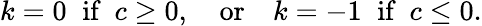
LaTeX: k=0\; \; \textrm{if}\; \; c\geq 0,\quad\textrm{or}\quad k=-1\; \; \textrm{if}\; \; c\leq 0.